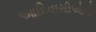
આદિવાસીઓનો